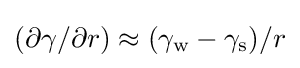
(\partial \gamma /\partial r)\approx (\gamma _{\text{w}}-\gamma _{\text{s}})/r